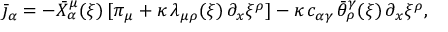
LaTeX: \bar { \jmath } _ { \alpha } = - \bar { X } _ { \alpha } ^ { \mu } ( \xi ) \, [ \pi _ { \mu } + \kappa \, \lambda _ { \mu \rho } ( \xi ) \, \partial _ { x } \xi ^ { \rho } ] - \kappa \, c _ { \alpha \gamma } \, \bar { \theta } _ { \rho } ^ { \gamma } ( \xi ) \, \partial _ { x } \xi ^ { \rho } ,